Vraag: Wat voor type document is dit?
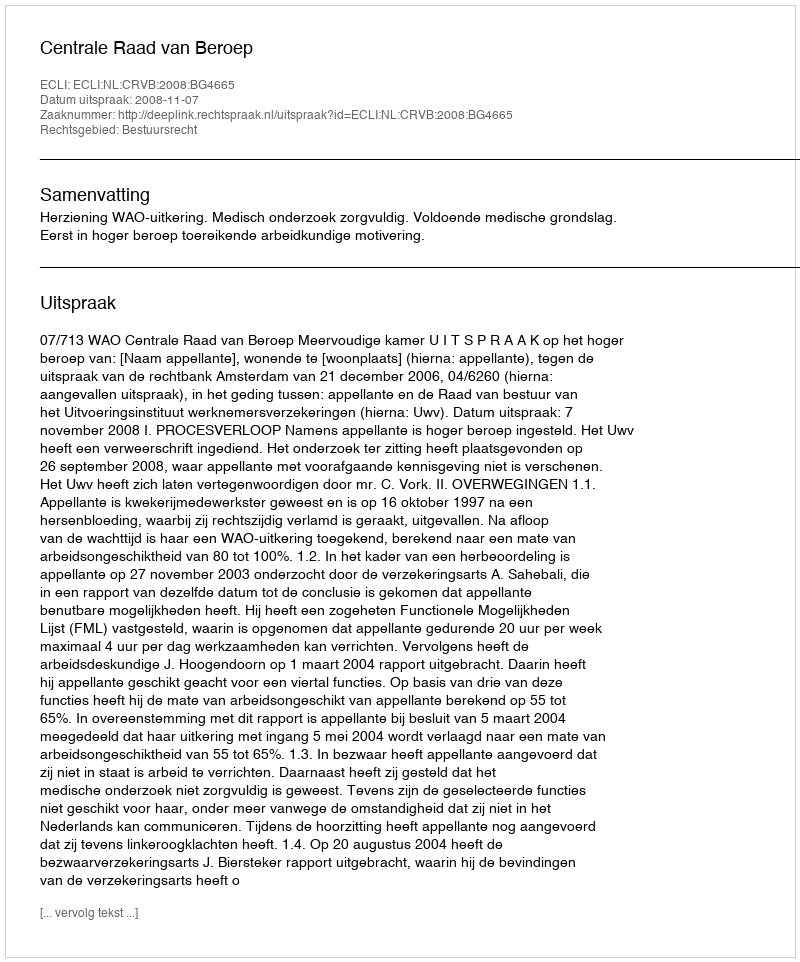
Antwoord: Uitspraak